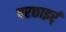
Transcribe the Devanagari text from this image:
परछाइर्ं